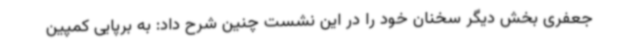
جعفری بخش دیگر سخنان خود را در این نشست چنین شرح داد: به برپایی کمپین